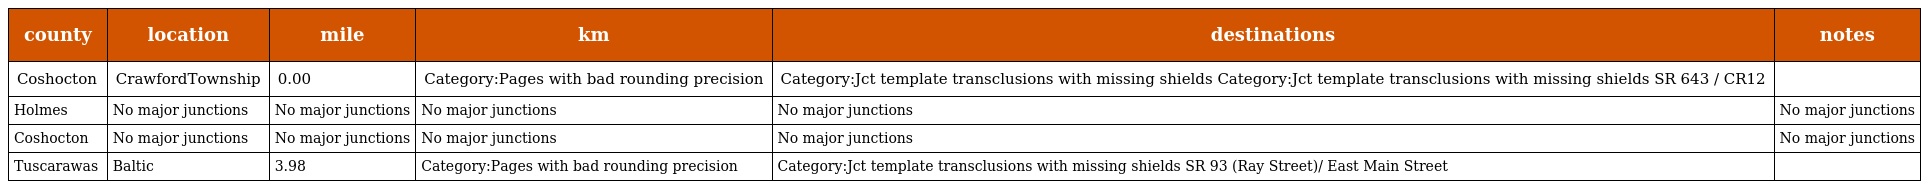
| county | location | mile | km | destinations | notes |
 | --- | --- | --- | --- | --- | --- |
 | Coshocton | CrawfordTownship | 0.00 | Category:Pages with bad rounding precision | Category:Jct template transclusions with missing shields Category:Jct template transclusions with missing shields SR 643 / CR12 |  |
 | Holmes | No major junctions | No major junctions | No major junctions | No major junctions | No major junctions |
 | Coshocton | No major junctions | No major junctions | No major junctions | No major junctions | No major junctions |
 | Tuscarawas | Baltic | 3.98 | Category:Pages with bad rounding precision | Category:Jct template transclusions with missing shields SR 93 (Ray Street)/ East Main Street |  |